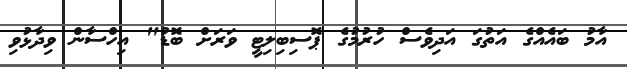
އާމު ބައެއްގެ އަތުގަ އަދިވެސް ހުރުމުގެ ޕޮސިބިލިޓީ ވަރަށް ބޮޑު" އިހްސާން ވިދާޅުވި